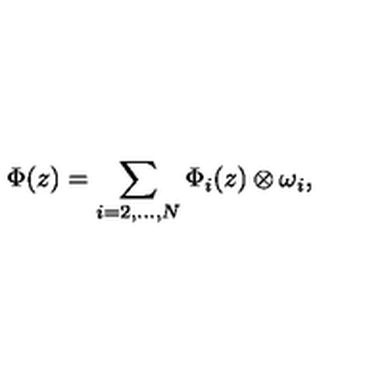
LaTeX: \Phi ( z ) = \sum _ { i = 2 , . . . , N } \Phi _ { i } ( z ) \otimes \omega _ { i } ,